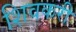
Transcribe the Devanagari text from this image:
शिवकरी